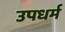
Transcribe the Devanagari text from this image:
उपधर्म